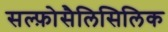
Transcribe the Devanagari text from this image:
सल्फ़ोसैलिसिलिक